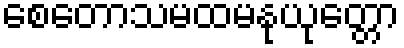
စေတောသမထမနုယုတ္တော